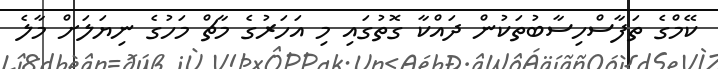
ކޭމްގެ ތަފާސްހިސާބުތަކުން ދައްކާ ގޮތުގައި މި އަހަރުގެ މާޗް މަހުގެ ނިޔަލަށް މާލެ